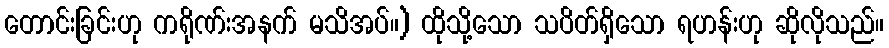
တောင်းခြင်းဟု ကရိုဏ်းအနက် မသိအပ်။) ထိုသို့သော သပိတ်ရှိသော ရဟန်းဟု ဆိုလိုသည်။